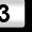
Digit: 3